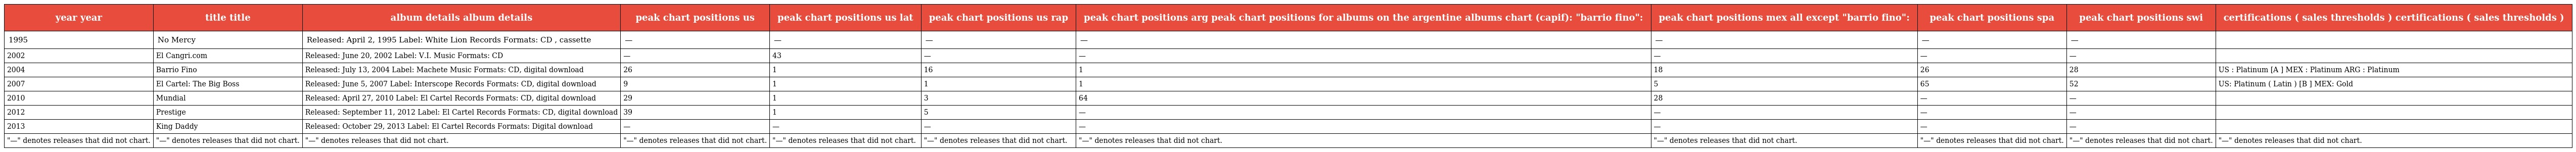
| year year | title title | album details album details | peak chart positions us | peak chart positions us lat | peak chart positions us rap | peak chart positions arg peak chart positions for albums on the argentine albums chart (capif): "barrio fino": | peak chart positions mex all except "barrio fino": | peak chart positions spa | peak chart positions swi | certifications ( sales thresholds ) certifications ( sales thresholds ) |
 | --- | --- | --- | --- | --- | --- | --- | --- | --- | --- | --- |
 | 1995 | No Mercy | Released: April 2, 1995 Label: White Lion Records Formats: CD , cassette | — | — | — | — | — | — | — |  |
 | 2002 | El Cangri.com | Released: June 20, 2002 Label: V.I. Music Formats: CD | — | 43 | — | — | — | — | — |  |
 | 2004 | Barrio Fino | Released: July 13, 2004 Label: Machete Music Formats: CD, digital download | 26 | 1 | 16 | 1 | 18 | 26 | 28 | US : Platinum [A ] MEX : Platinum ARG : Platinum |
 | 2007 | El Cartel: The Big Boss | Released: June 5, 2007 Label: Interscope Records Formats: CD, digital download | 9 | 1 | 1 | 1 | 5 | 65 | 52 | US: Platinum ( Latin ) [B ] MEX: Gold |
 | 2010 | Mundial | Released: April 27, 2010 Label: El Cartel Records Formats: CD, digital download | 29 | 1 | 3 | 64 | 28 | — | — |  |
 | 2012 | Prestige | Released: September 11, 2012 Label: El Cartel Records Formats: CD, digital download | 39 | 1 | 5 | — | — | — | — |  |
 | 2013 | King Daddy | Released: October 29, 2013 Label: El Cartel Records Formats: Digital download | — | — | — | — | — | — | — |  |
 | "—" denotes releases that did not chart. | "—" denotes releases that did not chart. | "—" denotes releases that did not chart. | "—" denotes releases that did not chart. | "—" denotes releases that did not chart. | "—" denotes releases that did not chart. | "—" denotes releases that did not chart. | "—" denotes releases that did not chart. | "—" denotes releases that did not chart. | "—" denotes releases that did not chart. | "—" denotes releases that did not chart. |